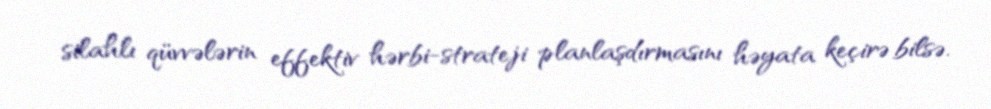
silahlı qüvvələrin effektiv hərbi-strateji planlaşdırmasını həyata keçirə bilsə.